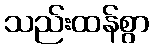
သည်းထန်စွာ